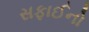
સફાઈનો